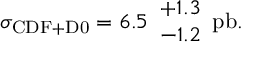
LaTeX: \sigma _ { \mathrm { C D F + D 0 } } = 6 . 5 \begin{array} { c } { { + 1 . 3 } } \\ { { - 1 . 2 } } \end{array} \mathrm { p b } .